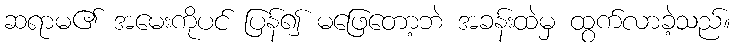
ဆရာမ၏ အမေးကိုပင် ပြန်၍ မဖြေတော့ဘဲ အခန်းထဲမှ ထွက်လာခဲ့သည်။